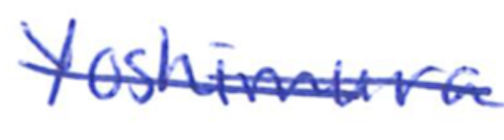
Text: Yoshimura
Cross-out: single-line
Writing tool: ballpoint